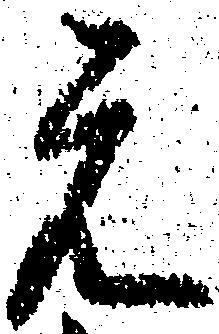
元